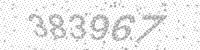
Solution: 383967